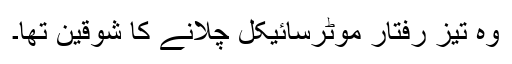
وہ تیز رفتار موٹرسائیکل چلانے کا شوقین تھا۔